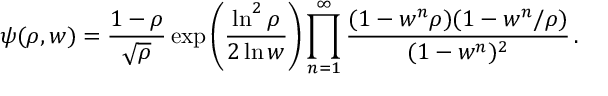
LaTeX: \psi ( \rho , w ) = { \frac { 1 - \rho } { \sqrt \rho } } \exp \left( { \frac { \ln ^ { 2 } \rho } { 2 \ln w } } \right) \prod _ { n = 1 } ^ { \infty } { \frac { ( 1 - w ^ { n } \rho ) ( 1 - w ^ { n } / \rho ) } { ( 1 - w ^ { n } ) ^ { 2 } } } \, .